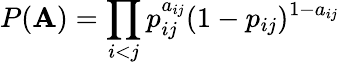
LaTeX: P(\mathbf{A})=\prod_{i<j}p_{ij}^{a_{ij}}(1-p_{ij})^{1-a_{ij}}